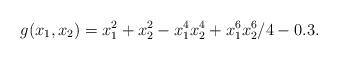
LaTeX: \begin{align*}g(x_{1},x_{2})=x_{1}^{2}+x_{2}^{2}-x_{1}^{4}x_{2}^{4}+x_{1}^{6}x_{2}^{6}/4-0.3.\end{align*}